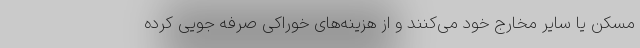
مسکن یا سایر مخارج خود می‌کنند و از هزینه‌های خوراکی صرفه جویی کرده